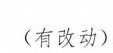
（有改动）